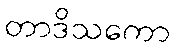
တာဒိသကော